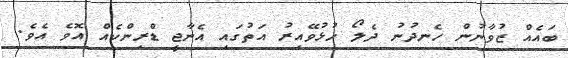
ބައެއް ޒުވާނުން ހެނދުނު ދެލޯ ހުޅުވޭއިރު އަތުގައި އެނާޖީ ޑްރިންކެއް އޮވެ އެވެ.